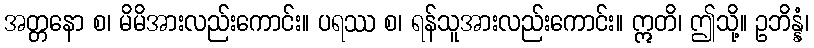
အတ္တနော စ၊ မိမိအားလည်းကောင်း။ ပရဿ စ၊ ရန်သူအားလည်းကောင်း။ ဣတိ၊ ဤသို့။ ဥဘိန္နံ၊